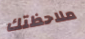
ملاحظتك